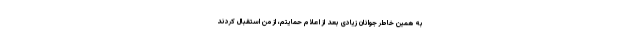
به همین خاطر جوانان زیادی بعد از اعلام حمایتم، از من استقبال کردند